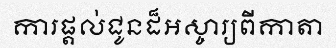
ការផ្តល់ជូនដ៏អស្ចារ្យពីកាតា